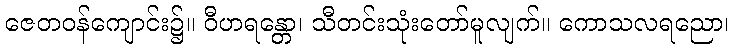
ဇေတဝန်ကျောင်း၌။ ဝီဟရန္တော၊ သီတင်းသုံးတော်မူလျက်။ ကောသလရညော၊